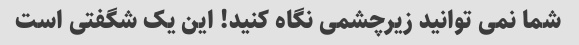
شما نمی توانید زیرچشمی نگاه کنید! این یک شگفتی است